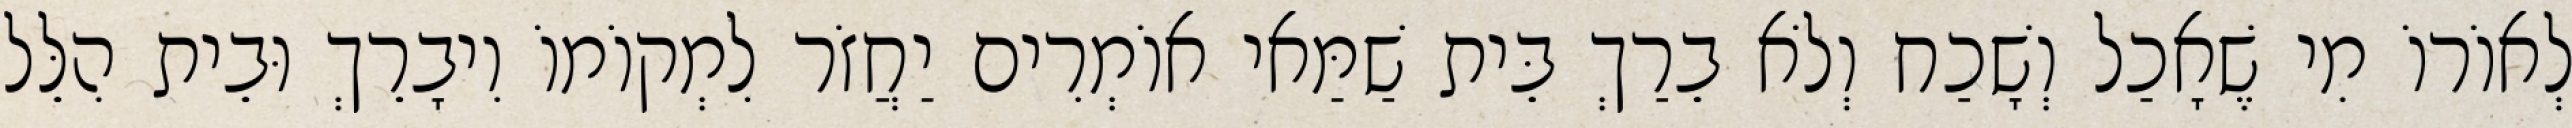
לְאוֹרוֹ מִי שֶׁאָכַל וְשָׁכַח וְלֹא בֵרַךְ בֵּית שַׁמַּאי אוֹמְרִים יַחֲזֹר לִמְקוֹמוֹ וִיבָרֵךְ וּבֵית הִלֵּל